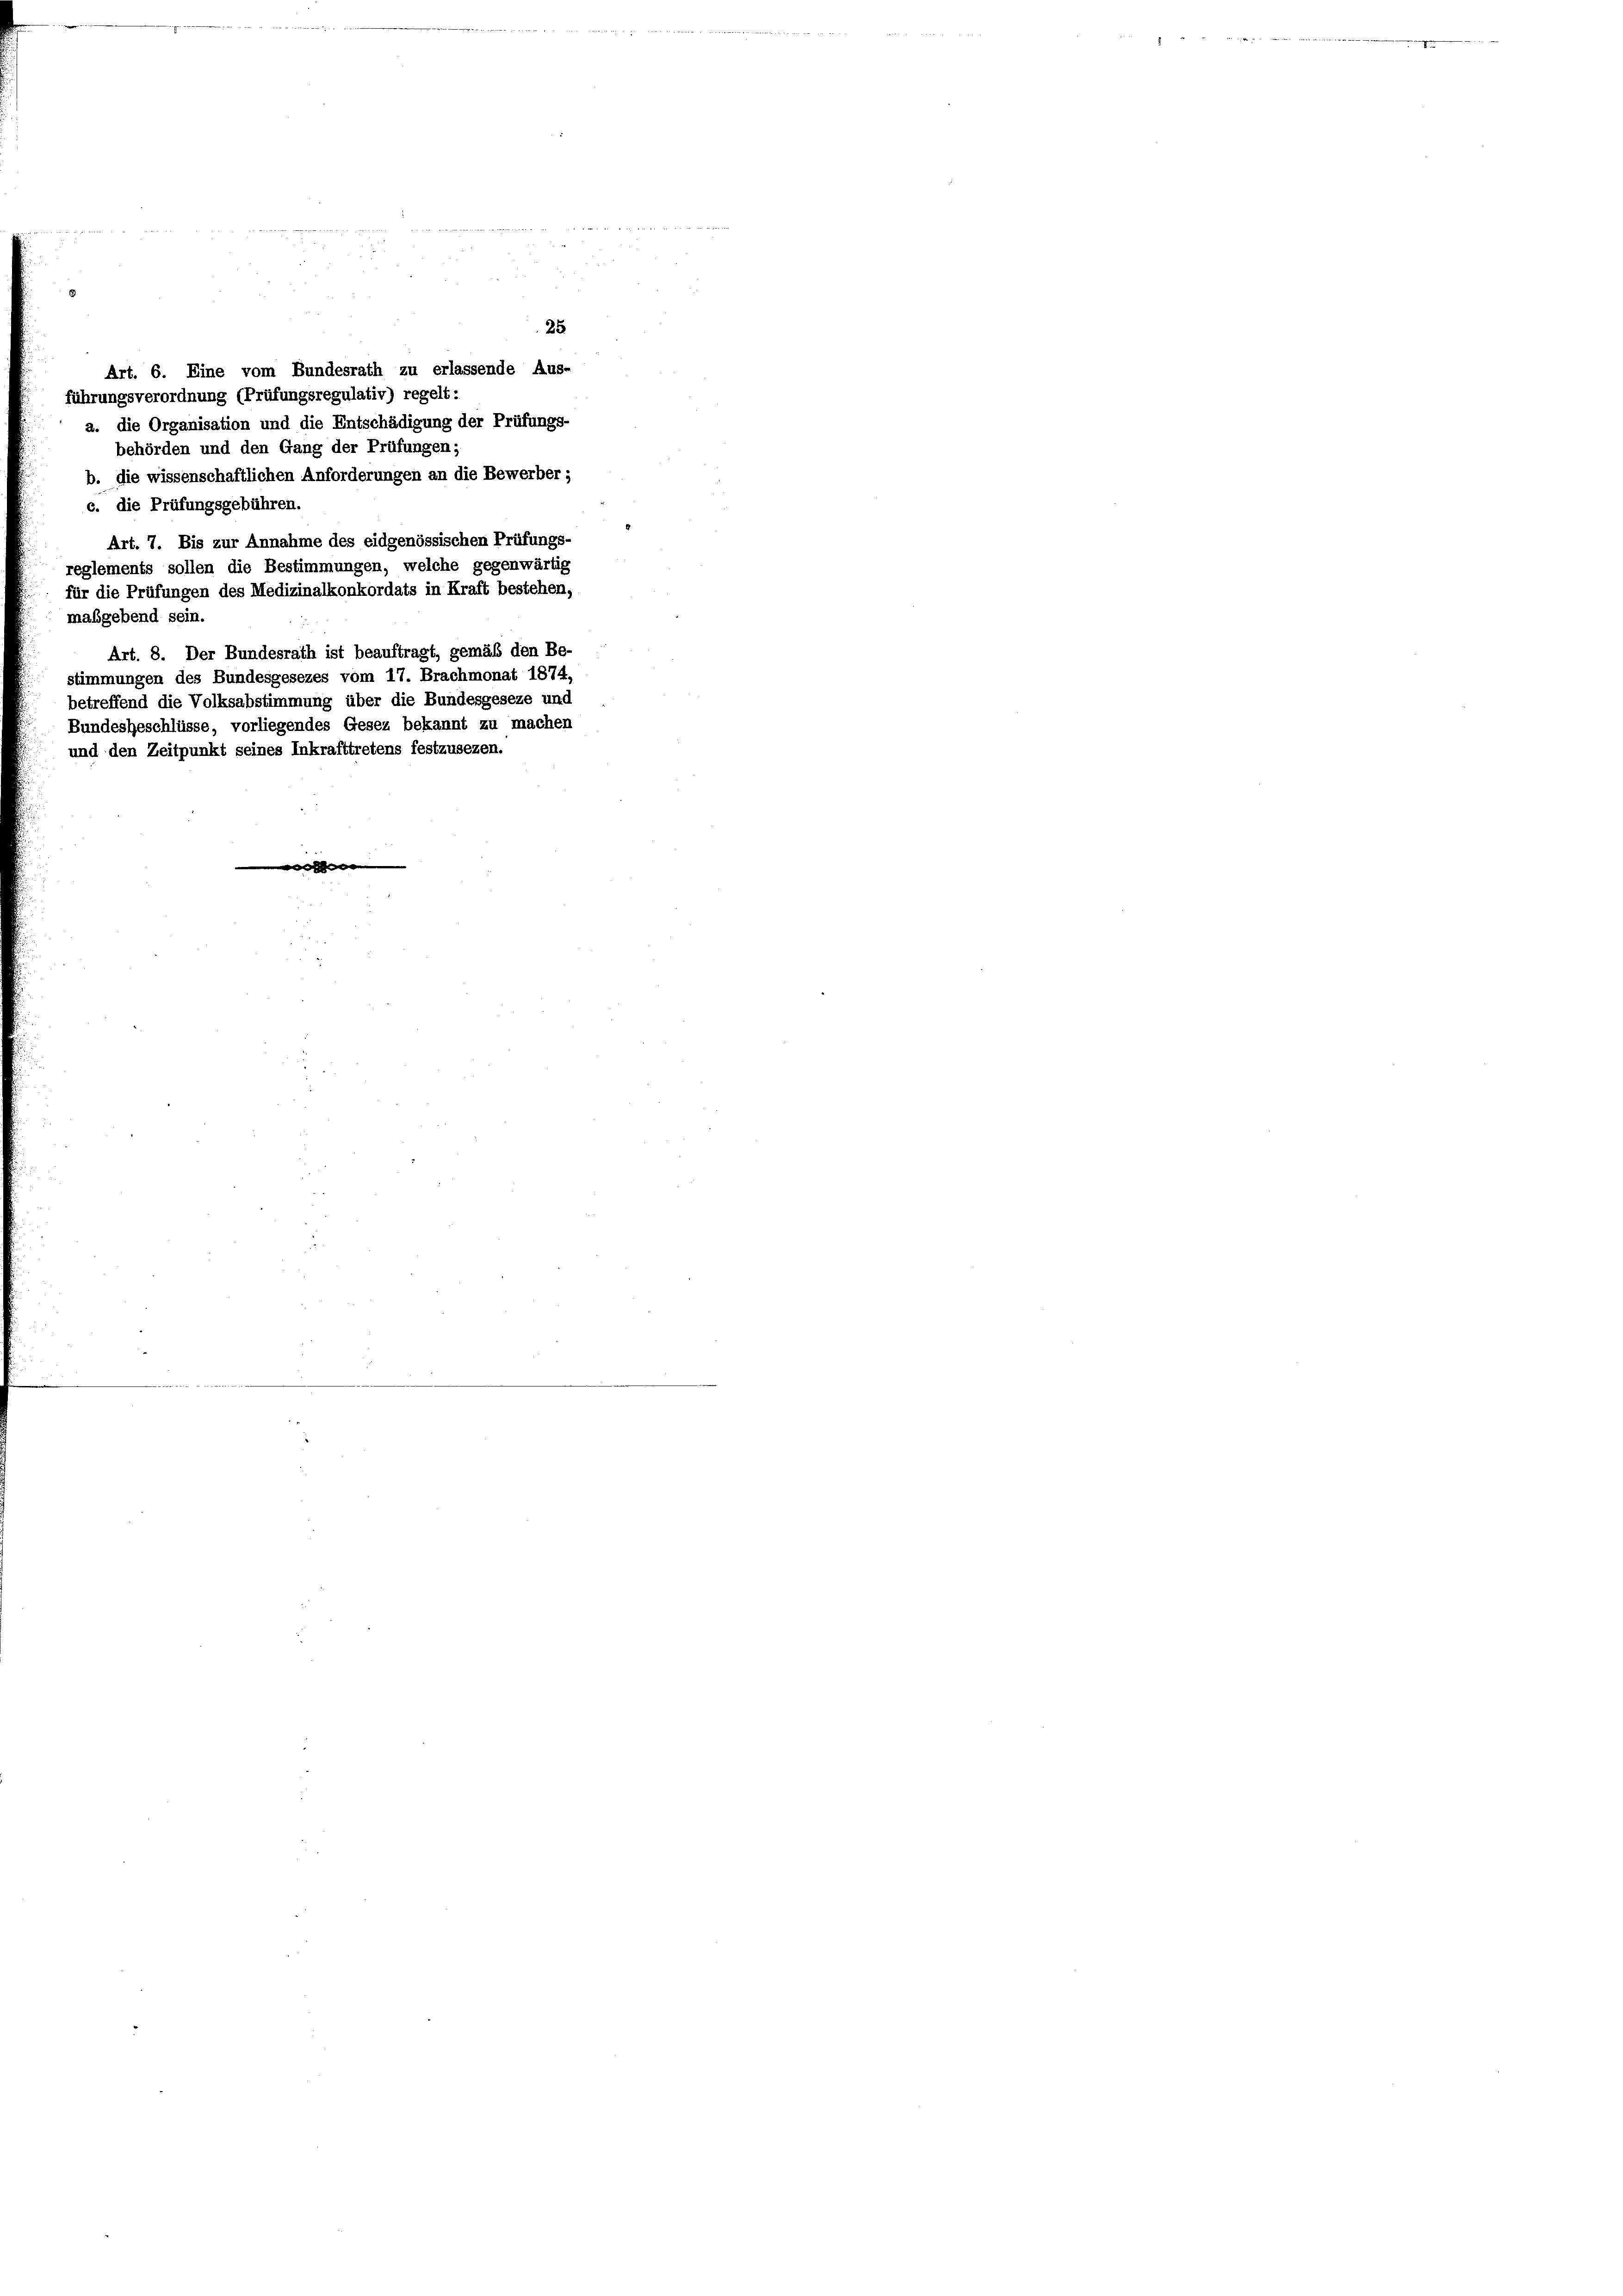
Art. 6. Eine vom Bundesrath zu erlassende Aus-
führungsverordnung (Prüfungsregulativ) regelt:
a. die Organisation und die Entschädigung der Prüfungs-
behörden und den Gang der Prüfungen;
b. die wissenschaftlichen Anforderungen an die Bewerber;
c. die Prüfungsgebühren.
Art. 7. Bis zur Annahme des eidgenössischen Prüfungs-
reglements sollen die Bestimmungen, welche gegenwärtig
für die Prüfungen des Medizinalkonkordats in Kraft bestehen,
maßgebend sein.
Art. 8. Der Bundesrath ist beauftragt, gemäß den Be-
stimmungen des Bundesgesezes vom 17. Brachmonat 1874,
betreffend die Volksabstimmung über die Bundesgeseze und
Bundesbeschlüsse, vorliegendes Gesez bekannt zu machen
und den Zeitpunkt seines Inkrafttretens festzusezen.

25